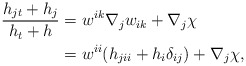
\begin{align*}\frac{h_{jt}+ h_{j}}{h_{t}+ h}&= w^{ik}\nabla_{j}w_{ik}+\nabla_{j}\chi\\&= w^{ii}(h_{jii}+h_{i}\delta_{ij})+\nabla_{j}\chi,\end{align*}